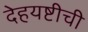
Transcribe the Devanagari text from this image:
देहयष्टीची